Medical and sanitary report of the native army of Bengal for the year
Year: 1878
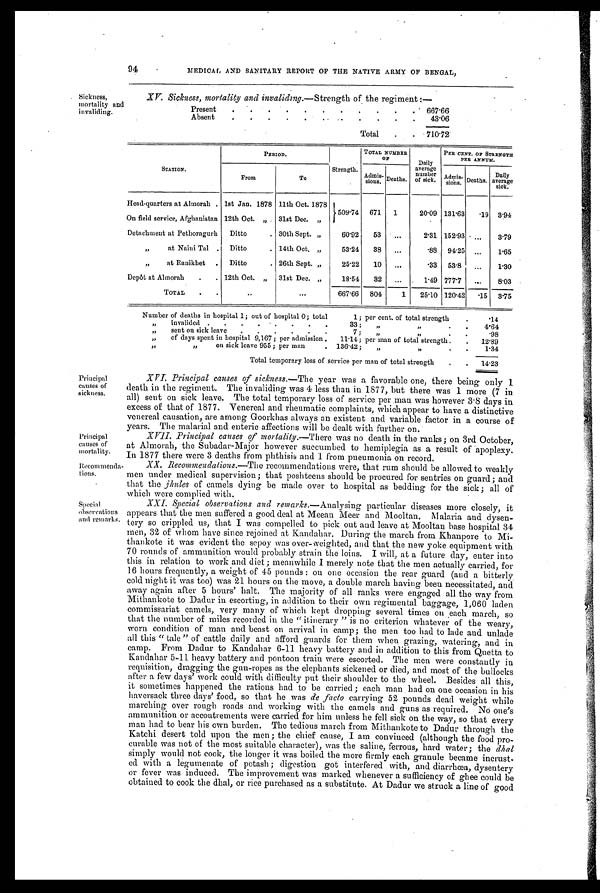
XV. Sickness, mortality and invaliding. —Strength of the regiment :—
Present . .
. . . 667.66
Absent
.
. .
. .
. . .
. 43.06
Total . . 710.72
Sickness,
mortality and
invaliding.
Principal
causes of
mortality.
Recommenda tions.
94
MEDICAL AND SANITARY REPORT OF THE NATIVE ARMY OF BENGAL,
STATION.
P E R I O D .
Strength.
TOTAL NUMBER
O F
Daily
average
number
of sick.
PER CENT. OF STRENGTH
PER ANNUM.
From
To
Admis- sions. Deaths.
Admis-
sions. Deaths. Daily
average
sick.
Head-quarters at Almorah . 1st Jan. 1878 11th Oct. 1878 509.74 671 1
20.09 131.63
. 1 9 3.94
On field service, Afghanistan 12th Oct. „ 31st Dec. „
Detachment at Pethoragurh Ditto
. 30th Sept. „
60.92 53 ...
2.31 152.93 ...
3.79
„
at Naini Tail . Ditto
. 14th Oct. „
53.24 38 ...
.88 94.25
. . . 1.65
,,
at Ranikhet . Ditto
. 26th Sept. „
2 5 . 2 2 10 ...
.33 53.8 ...
1.30
Depôt at Almorah
. 12th Oct.„ 31st Dec. „
18.54 32 ...
1.49 777.7 ...
8.03
TOTAL .
. .
. . . 667.66 804
1 25.10 120.42
. 1 5 3.75
Number of deaths in hospital 1; out of hospital 0; total
1; per cent. of total strength
.
.14
,, invalided . ..
. . . .
.
33 ; ,, , ,
. 4.64
„ sent on sick leave . . . . . .
7 ; ,,
, ,
. .98
„ of days spent in hospital 9,167 ; per admission . 11.14; per man of total strength .
. 12.89
,,
„
on sick leave 955; per man
. 136.42; „
”
.
. 1.34
Total temporary loss of service per man of total strength . . 14.23
Principal
causes of
sickness.
Special
observations
and remarks.
XVI: Principal causes of sickness. —The year was a favorable one, there being only 1
death in the regiment. The invaliding was 4 less than in 1877, but there was 1 more (7 in
all) sent on sick leave. The total temporary loss of service per man was however 3.8 days in
excess of that of 1877. Venereal and rheumatic complaints, which appear to have a distinctive
venereal causation, are among Goorkhas always an existent and variable factor in a course of
years. The malarial and enteric affections will be dealt with further on.
XVII. Principal causes of mortality.—There was no death in the ranks; on 3rd October,
at Almorah, the Subadar-Major however succumbed to hemiplegia as a result of apoplexy.
In 1877 there were 3 deaths from phthisis and 1 from pneumonia on record.
XX.
Recommendations.—The recommendations were, that rum should be allowed to weakly
men under medical supervision ; that poshteens should be procured for sentries on guard ; and
that the jhules of camels dying be made over to hospital as bedding for the sick ; all of
which were complied with.
XXI. Special observations and remarks.—Analysing particular diseases more closely, it
appears that the men suffered a good deal at Meean Meer and Mooltan. Malaria and dysen-
tery so crippled us, that I was compelled to pick out and leave at Mooltan base hospital 34
men, 32 of whom have since rejoined at Kandahar. During the march from Khanpore to Mi-
thankote it was evident the sepoy was over- weighted, and that the new yoke equipment with
70 rounds of ammunition would probably strain the loins. I will, at a future day, enter into
this in relation to work and diet; meanwhile I merely note that the men actually carried, for
16 hours frequently, a weight of 45 pounds : on one occasion the rear guard (and a bitterly
cold night it was too) was 21 hours on the move, a double march having been necessitated, and
away again after 5 hours' halt. The majority of all ranks were engaged all the way from
Mithankote to Dadur in escorting, in addition to their own regimental baggage, 1,060 laden
commissariat camels, very many of which kept dropping several times on each march, so
that the number of miles recorded in the "itinerary " is no criterion whatever of the weary,
worn condition of man and beast on arrival in camp; the men too had to lade and unlade
all this " tale" of cattle daily and afford guards for them when grazing, watering, and in
camp. From Dadur to Kandahar 6-11 heavy battery and in addition to this from Quetta to
Kandahar 5-11 heavy battery and pontoon train were escorted. The men were constantly in
requisition, dragging the gun-ropes as the elephants sickened or died, and most of the bullocks
after a few days' work could with difficulty put their shoulder to the wheel. Besides all this,
it sometimes happened the rations had to be carried ; each man had on one occasion in his
haversack three days' food, so that he was de facto carrying 52 pounds dead weight while
marching over rough roads and working with the camels and guns as required. No one's
ammunition or accoutrements were carried for him unless he fell sick on the way, so that every
man had to bear his own burden. The tedious march from Mithankote to Dadur through the
Katchi desert told upon the men ; the chief cause, I am convinced (although the food pro-
curable was not of the most suitable character), was the saline, ferrous, hard water; the d h a l
simply would not cook, the longer it was boiled the more firmly each granule became incrust-
ed with a legumenate of potash; digestion got interfered with, and diarrhœa, dysentery
or fever was induced. The improvement was marked whenever a sufficiency of ghee could be
obtained to cook the dhal, or rice purchased as a substitute. At Dadur we struck a line of good